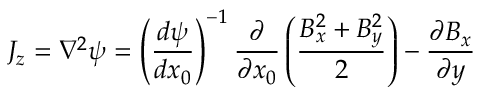
J _ { z } = \nabla ^ { 2 } \psi = \left( \frac { d \psi } { d x _ { 0 } } \right) ^ { - 1 } \frac { \partial } { \partial x _ { 0 } } \left( \frac { B _ { x } ^ { 2 } + B _ { y } ^ { 2 } } { 2 } \right) - \frac { \partial B _ { x } } { \partial y }